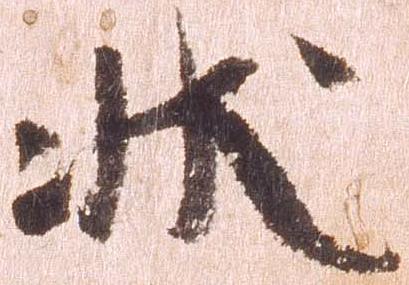
状